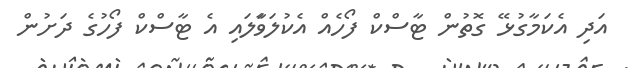
އަދި އެކަމާގުޅޭ ގޮތުން ޓާސްކް ފޯހެއް އެކުލަވާަލައި އެ ޓާސްކް ފޯހުގެ ދަށުން